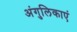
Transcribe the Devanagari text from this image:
अंगुलिकाएं